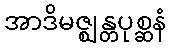
အာဒိမဇ္ဈန္တပုစ္ဆနံ